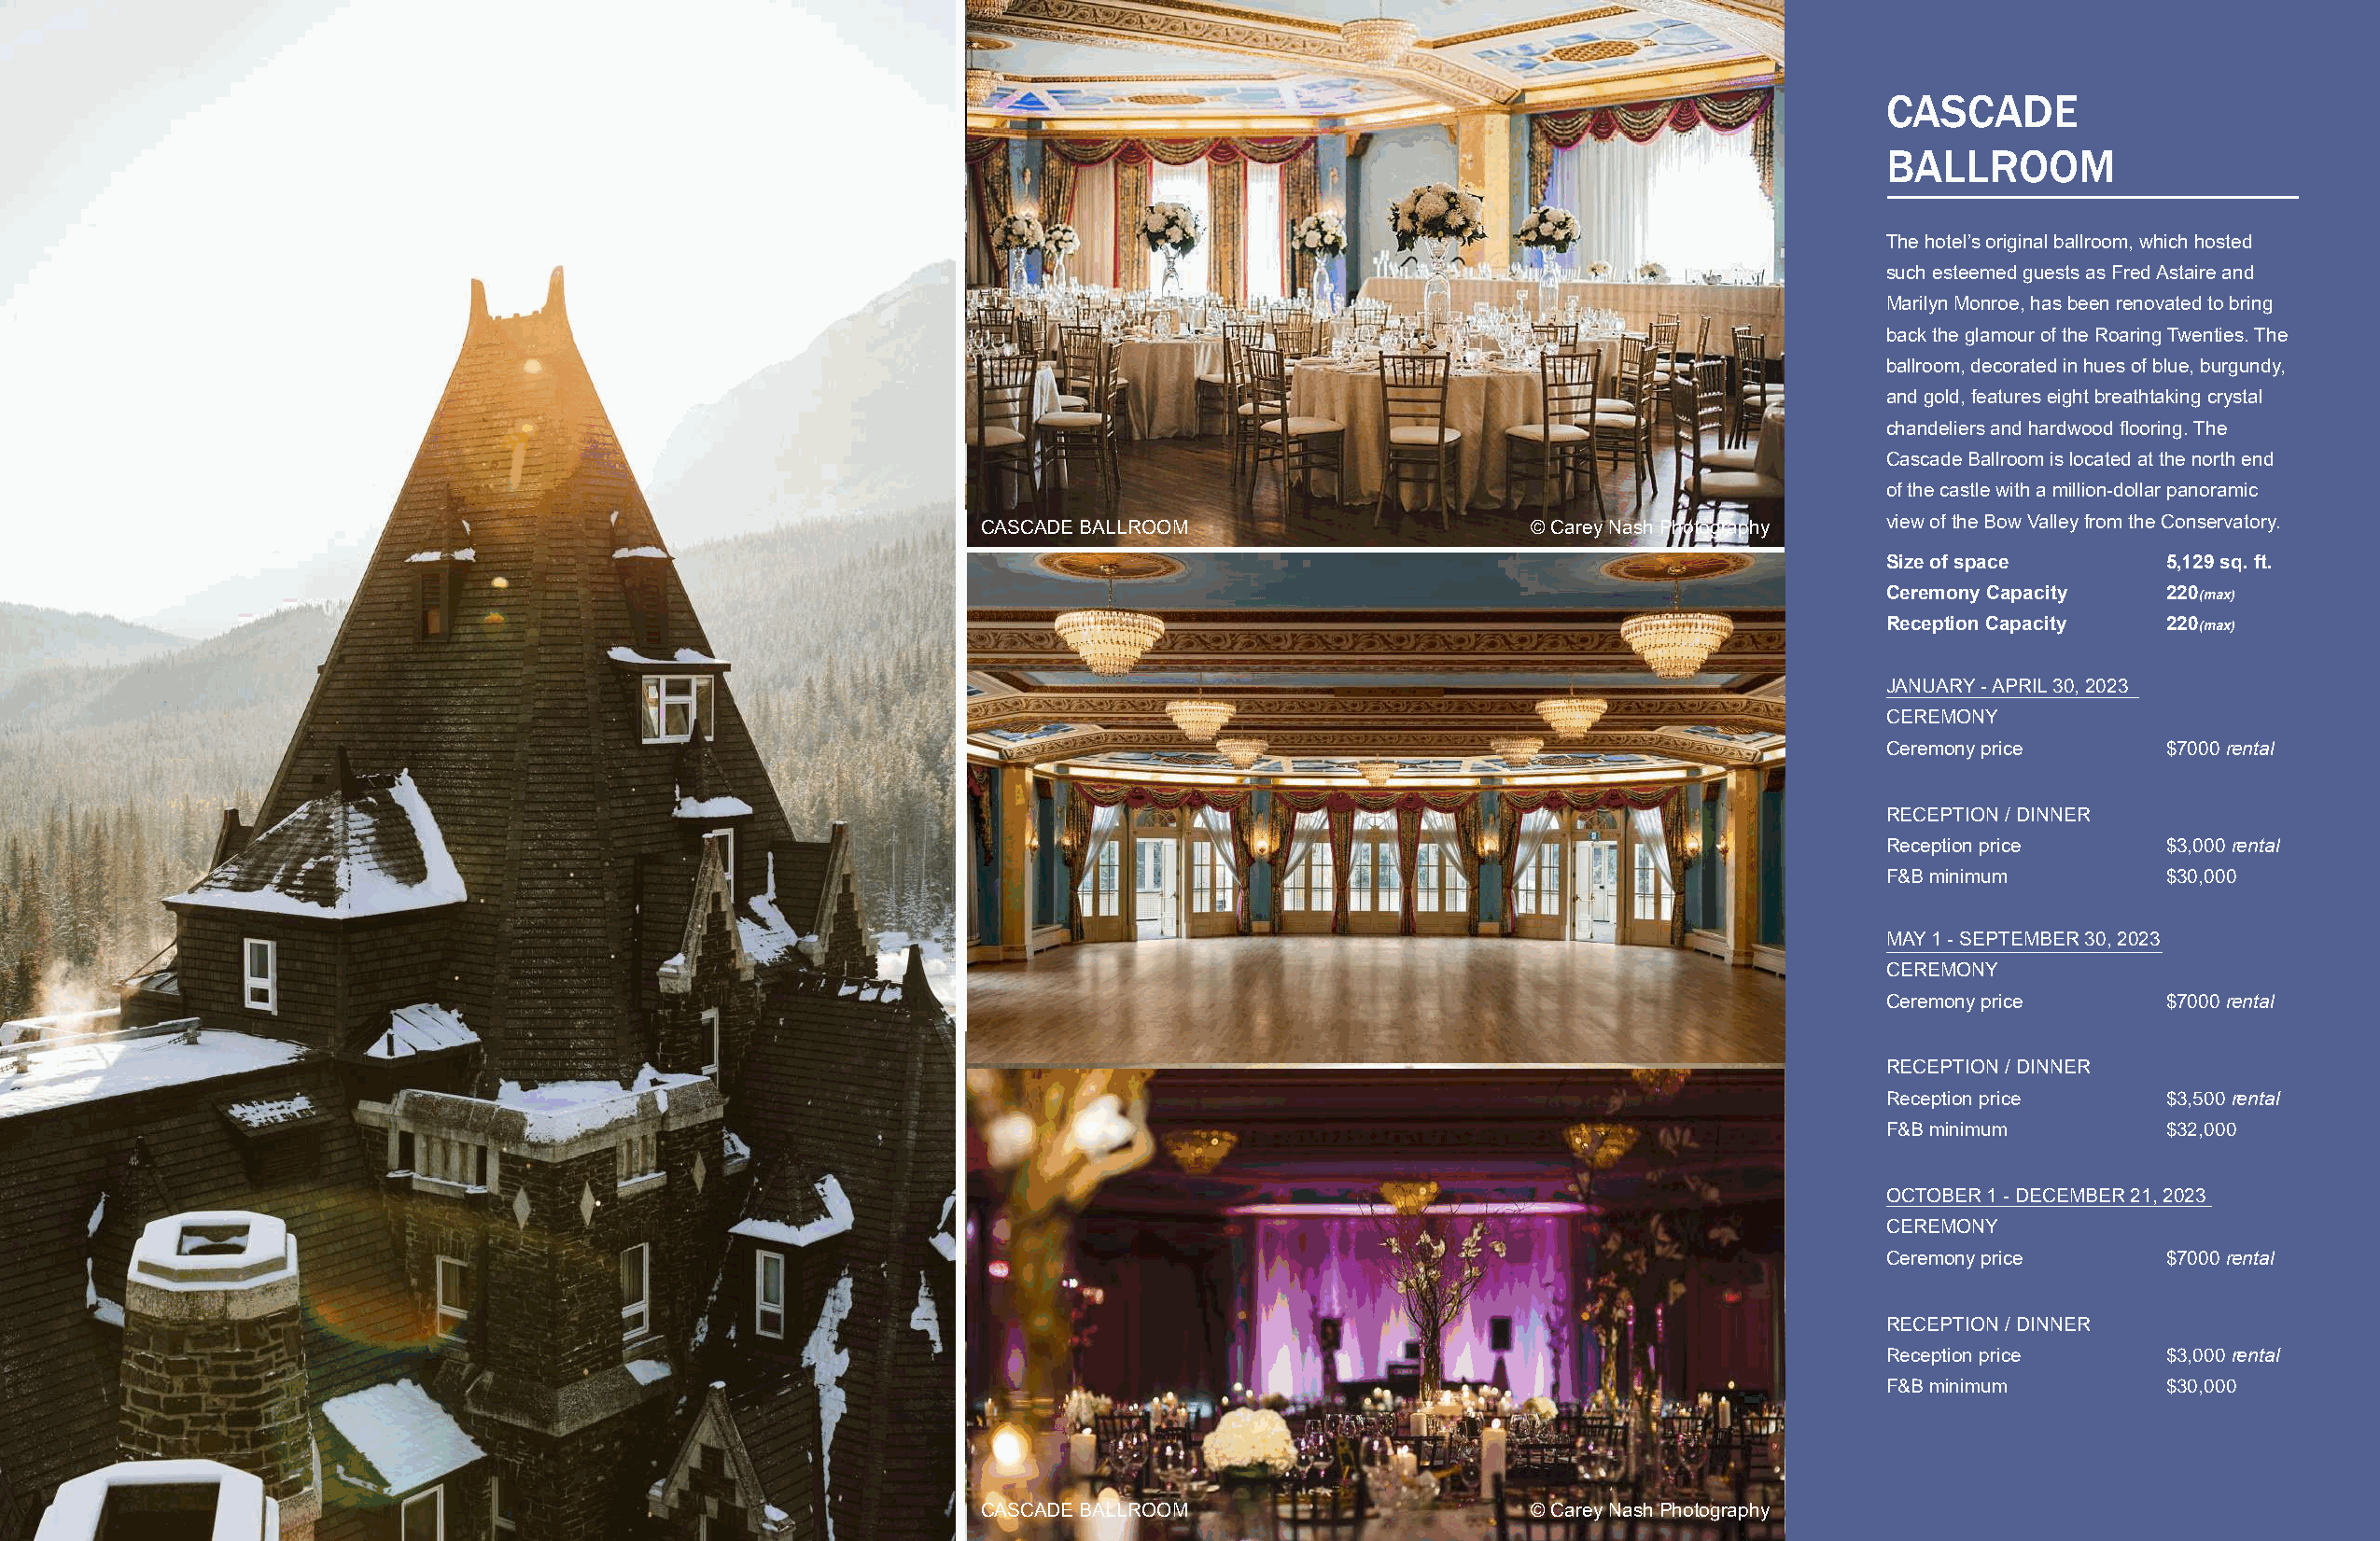
CASCADE
 BALLROOM
 The hotel’s original ballroom, which hosted
 such esteemed guests as Fred Astaire and
 Marilyn Monroe, has been renovated to bring
 back the glamour of the Roaring Twenties. The
 ballroom, decorated in hues of blue, burgundy,
 and gold, features eight breathtaking crystal
 chandeliers and hardwood flooring. The
 Cascade Ballroom is located at the north end
 IVOR PETRAK ROOM                       © Orange Girl Photography of the castle with a million-dollar panoramic
 CASCADE BALLROOM                       © Carey Nash Photography view of the Bow Valley from the Conservatory.
 Size of space       5,129 sq. ft.
 Ceremony Capacity   220(max)
 Reception Capacity  220(max)
 JANUARY - APRIL 30, 2023
 CEREMONY
 Ceremony price      $7000 rental
 RECEPTION / DINNER
 Reception price     $3,000 rental
 F&B minimum         $30,000
 MAY 1 - SEPTEMBER 30, 2023
 CEREMONY
 Ceremony price      $7000 rental
 RECEPTION / DINNER
 Reception price     $3,500 rental
 F&B minimum         $32,000
 OCTOBER 1 - DECEMBER 21, 2023
 CEREMONY
 Ceremony price      $7000 rental
 RECEPTION / DINNER
 Reception price     $3,000 rental
 F&B minimum         $30,000
 CASCADE BALLROOM                       © Carey Nash Photography
 IVRO PETRAK ROOM                        © Eric Daigle Photography